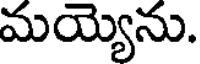
మయ్యెను.